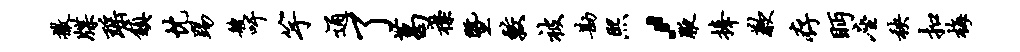
撒牒瑶镇忱踢艘吁竽通了葛襟暨较被勘熙，腋捧歉存眄座秧扣梅